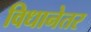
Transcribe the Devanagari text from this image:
विधानेतर